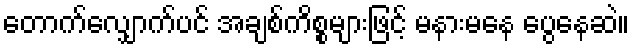
တောက်လျှောက်ပင် အချစ်ကိစ္စများဖြင့် မနားမနေ ပွေနေဆဲ။